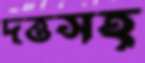
দত্তসহ